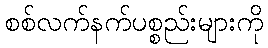
စစ်လက်နက်ပစ္စည်းများကို